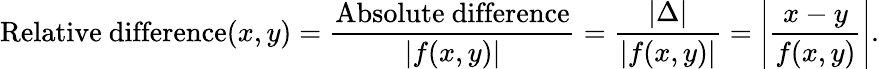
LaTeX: {\mathrm{Relative~difference}}(x,y)={\frac{\mathrm{Absolute~difference}}{|f(x,y)|}}={\frac{|\Delta|}{|f(x,y)|}}=\left|{\frac{x-y}{f(x,y)}}\right|.